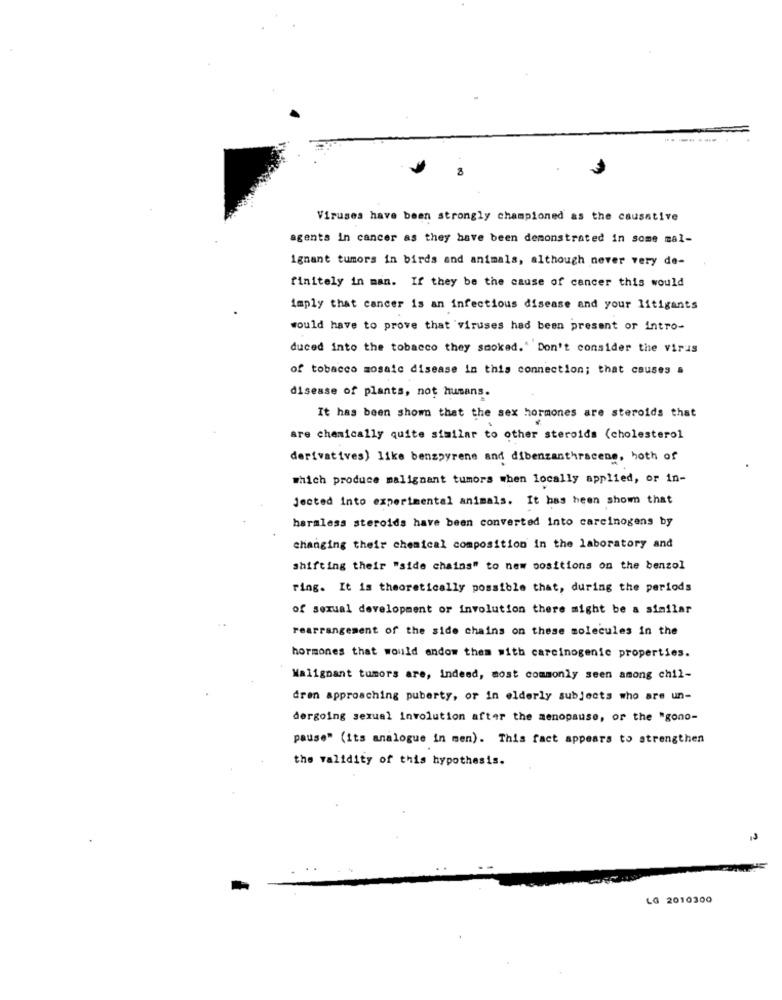
---
Viruses have been strongly championed as the causative
agents in cancer as they have been demonstrated in some mal-
ignant tumors in birds and animals, although never very de-
finitely in man. If they be the cause of cancer this would
imply that cancer is an infectious disease and your litigants
would have to prove that viruses had been present or intro-
duced into the tobacco they smoked." Don't consider the virus
of tobacco mosaic disease in this connection; that causes a
disease of plants, not humans.
It has been shom that the sex hormones are steroids that
are chemically quite similar to other steroids (cholesterol
derivatives) like benzpyrene and dibenzanthracens, hoth of
Which produce malignant tumors when locally applied, or in-
Jected into experimental animals. It has been shown that
harmless steroids have been converted into carcinogens by
changing their chemical composition in the laboratory and
shifting their "side chains" to new positions on the benzol
ring. It is theoretically possible that, during the periods
of sexual development or involution there might be a similar
rearrangement of the side chains on these molecules in the
hormones that would andow them with carcinogenic properties.
Malignant tumors are, indeed, most commonly seen among chil-
dren approaching puberty, or in elderly subjects who are un-
dergoing sexual involution after the menopause, or the "gono-
pause" (its analogue in men). This fact appears to strengthen
the validity of this hypothesis.
LG 2010300